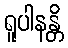
ရူပါနန္တိ